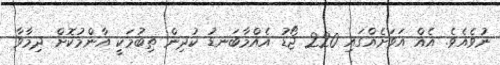
ނުވެއެވެ. އެއް އަވަށެއްގައި 220 ޖޯޑު އެއްމާބަނޑު ކުދިން ތިބުމަކީ އާންމުކޮށް ދިމާވާ